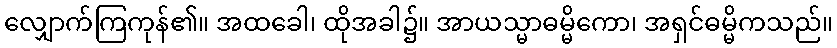
လျှောက်ကြကုန်၏။ အထခေါ၊ ထိုအခါ၌။ အာယသ္မာဓမ္မိကော၊ အရှင်ဓမ္မိကသည်။